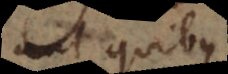
aut quibus